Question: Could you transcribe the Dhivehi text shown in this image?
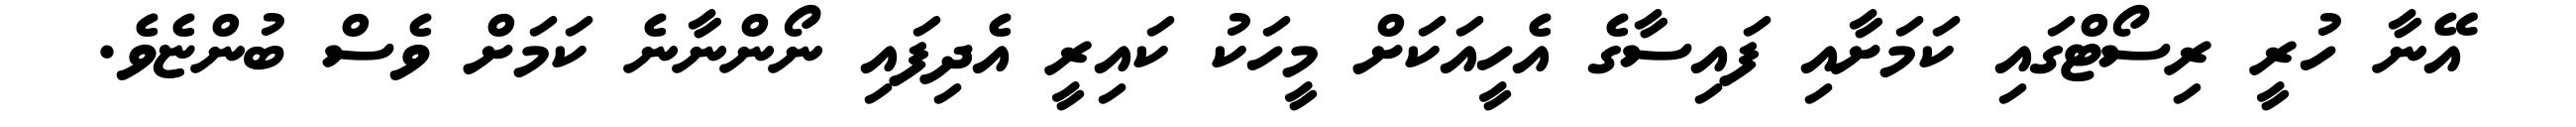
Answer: އޭނާ ހުރީ ރިސޯޓްގައި ކަމަށާއި ފައިސާގެ އެހީއަކަށް މީހަކު ކައިރީ އެދިފައި ނޯންނާނެ ކަމަށް ވެސް ބުންޏެވެ.